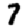
Digit: 7